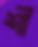
শী